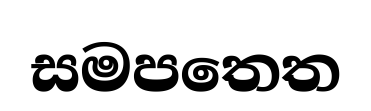
සමපතෙත